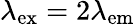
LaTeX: \lambda_{\mathrm{ex}}=2\lambda_{\mathrm{em}}